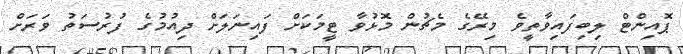
ޕޮއިންޓް ލިބިފައިވާތީވެ މިރޭގެ މެޗުން މޮޅުވާ ޓީމަކަށް ފައިނަލަށް ދިއުމުގެ ފުރުސަތު ވަރަށް